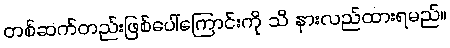
တစ်ဆက်တည်းဖြစ်ပေါ်ကြောင်းကို သိ နားလည်ထားရမည်။